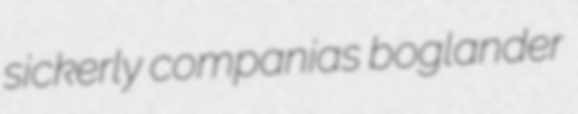
sickerly companias boglander